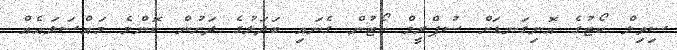
ސިވިލް ކޯޓުގެ އޮނިގަނޑަށް ސުޕްރީމް ކޯޓުން ގެނައި ބަދަލުގެ ދަށުން ކޮންމެ މައްސަލައެއް